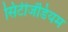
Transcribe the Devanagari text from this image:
सिटीजेंडियम